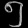
Digit: ၅